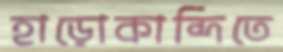
হাড়োকান্দিতে